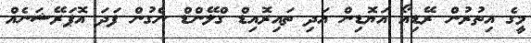
މީގެ އިތުރުން ރޭޑިއޯ އަޔޮޑިން އަދި ތައިރޮއިޑް ގްލޭންޑް ނެގުން ފަދަ އޮޕަރޭޝަނެއް